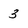
Character: 3